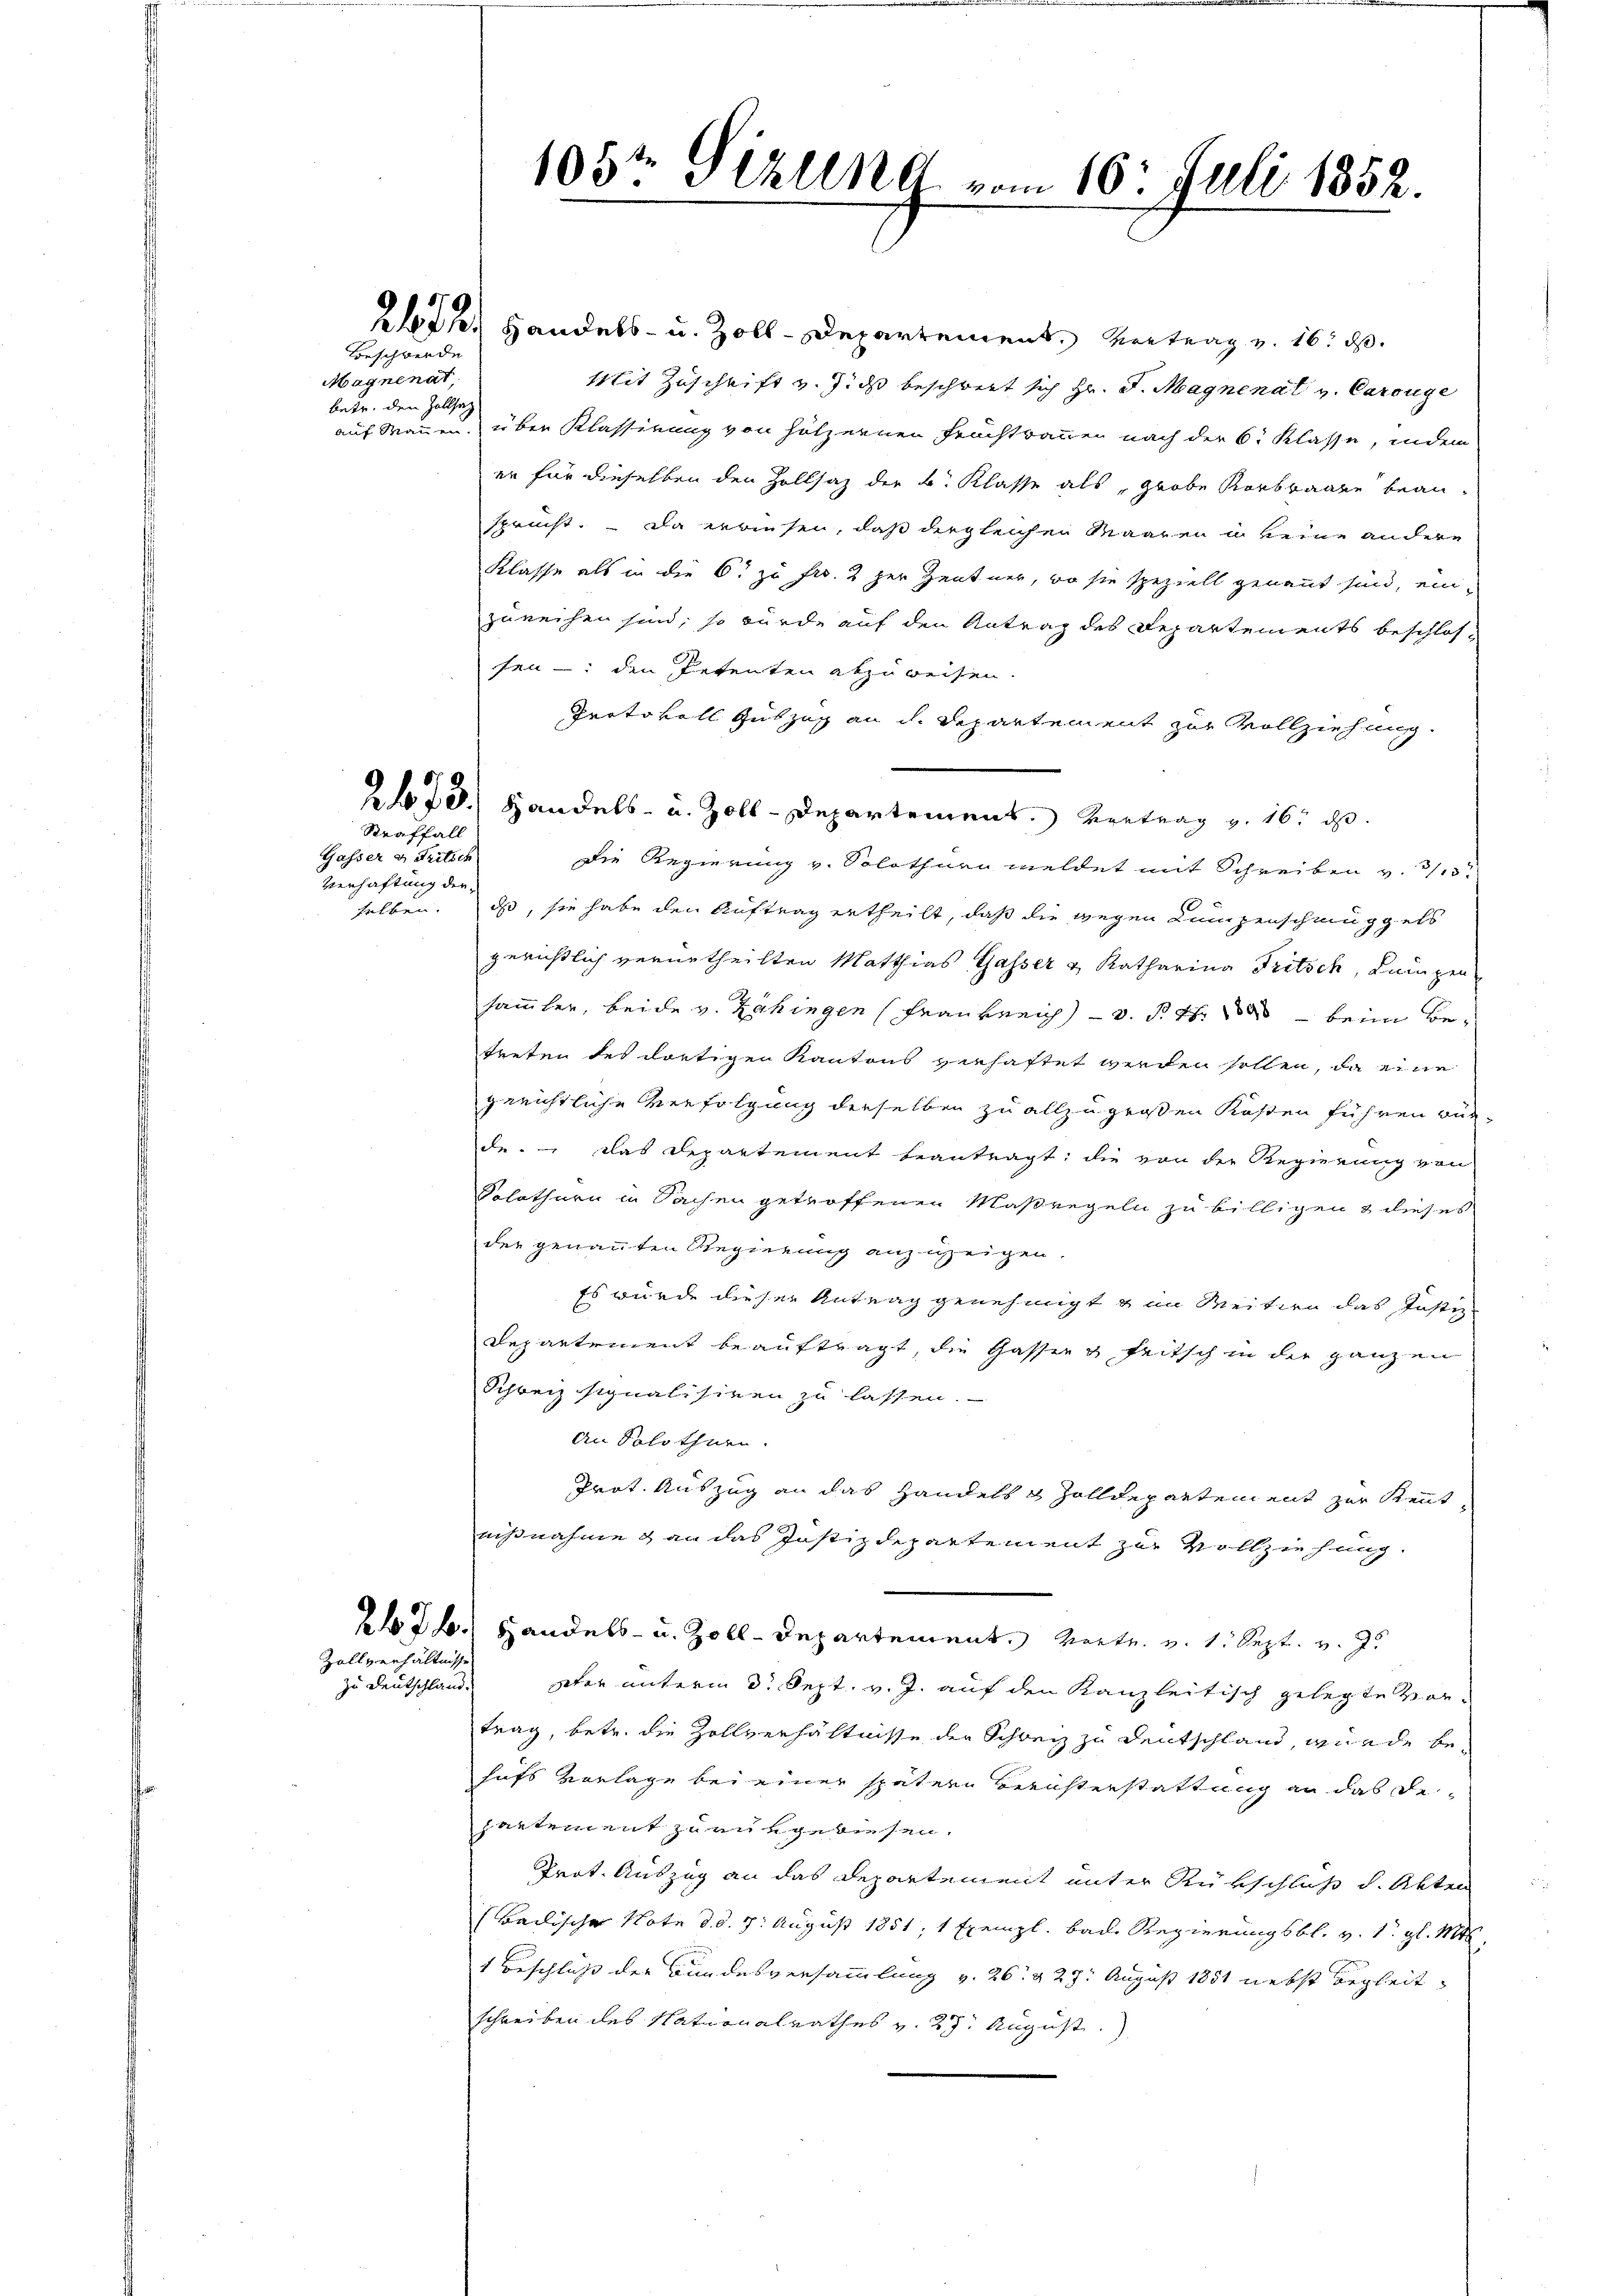
Beschwerde
Magnenat,
betr. den Zollsaz
auf Mannen.

Straffall

Gasser u Tritsch
Vierhaftung der

Zollverhältnisse
zu Deutschland.

hth, Handels- u. Zoll-Departement. Vortrag v. 16. d.
Mit Zuschrift v. 7. ds beschwert sich Hr. J. Magnenat v. Carouge
über Klassirung von hölzernen Fruchtbauen nach der 6 Klasse, indem
er für dieselben den Zollsaz der B. Klasse als, grobe Korbwaare beansprucht. – Da erwiesen, daß dergleichen Maaren in keine andere
Klasse als in die 6. zu Fr. 2 zur Zentner, wo sie speziell genannt sind, einzurechen sind; so würde auf den Antrag des Departements beschlossen; den Petenten abzuweisen.
Protokoll Guszug an d. Departement zur Vollziehung.
273. Handels- u. Zoll-Departement. Vertrag v. 16. d.
Die Regierung v. Solothurn meldet mit Schreiben v. 3/
selben. dass, sie habe den Auftrag ertheilt, daß die wegen Lumpenschmuggels
gerichtlich verurtheilten Matthias Gasser & Katharina Tritsch, Laupen
sammler, beide v. Zahingen (Frankreich v. P. Nr. 1 beim Betreten des dortigen Kantons verhaftet werden sollen, da eine
gerichtliche Verfolgung derselben zu allzugroßen Kosten führen wür-
de – das Departement beantragt; die von der Regierung von
Solothurn in Sachen getroffenen Maßregeln zu billigen & dieses
der genannten Regierung anzweigen.
Es wurde dieser Antrag genehmigt & im Weitern das Justiz-
Departement beauftragt, die Gassen & seitsch in die ganzen
Schreiz signalisiren zu lassen.
An Solothurn.
Prot. Auszug an das Handels & Zolldepartement zur Kennt
nißnahme & an das Justizdepartement zur Vollziehung.
2l Jb. Handels- u. Zoll-Departement. Mart. v. 1. Sept. v. J.
wer unterm 3. Sept. v. J. auf den Kanzleitisch gelegte vortrag, betr. die Zollverhältnisse der Schweiz zu Deutschland, würde behufs Vorlage bei einer spätern Berichterstattung an das De-
partement zurükgewiesen.
Prat. Auszug an das Departement unter Rükschluß d. Akten
(Badische Note d. d. 7. August 1851, 1 Exempl. bad. Regierungsbl. v. 1. gl. Mts.
1 Beschluß der Bundesversammlung v. 26. & 27. August 1851 nebst begleitschreiben des Nationalrathes v. 27. August.

105te Sitzung vom 16. Juli 1852.